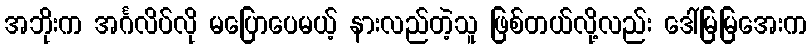
အဘိုးက အင်္ဂလိပ်လို မပြောပေမယ့် နားလည်တဲ့သူ ဖြစ်တယ်လို့လည်း ဒေါ်မြမြအေးက